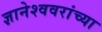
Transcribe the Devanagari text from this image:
ज्ञानेश्ववरांच्या